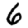
Digit: 6